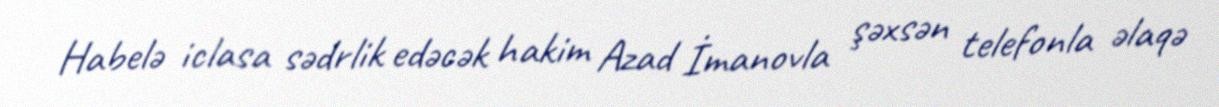
Habelə iclasa sədrlik edəcək hakim Azad İmanovla şəxsən telefonla əlaqə